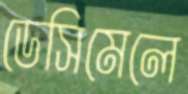
ডেসিমেলে